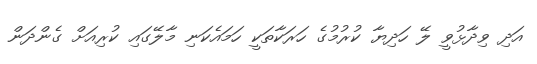
އަދި ވިދާޅުވީ ލޭ ހަދިޔާ ކުރުމުގެ ހަރަކާތަކީ ހަމައެކަނި މާލޭގައި ކުރިއަށް ގެންދަން